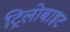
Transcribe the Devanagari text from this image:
ट्रिलोबाइट